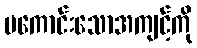
မကောင်းသောအကျင့်ကို